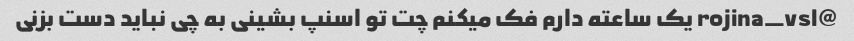
@rojina_vsl یک ساعته دارم فک میکنم چت تو اسنپ بشینی به چی نباید دست بزنی